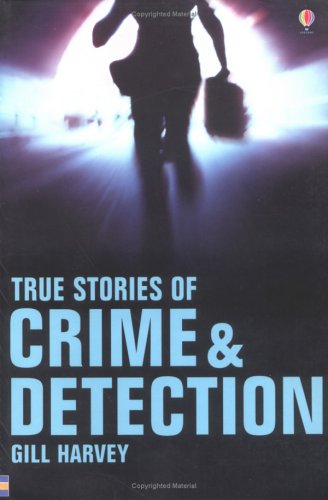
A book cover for True Stories of Crime and Detection (Usborne True Stories); Gill Harvey; Children's Books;